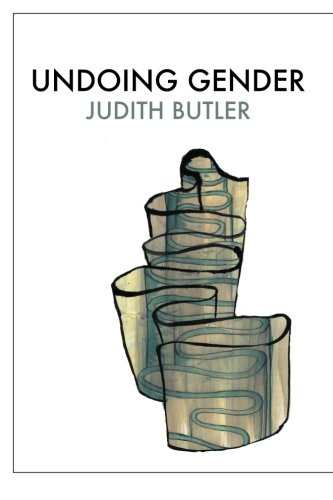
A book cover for Undoing Gender; Judith Butler; Medical Books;